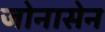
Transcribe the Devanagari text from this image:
जोनासेन